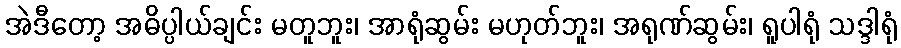
အဲဒီတော့ အဓိပ္ပါယ်ချင်း မတူဘူး၊ အာရုံဆွမ်း မဟုတ်ဘူး၊ အရုဏ်ဆွမ်း၊ ရူပါရုံ သဒ္ဒါရုံ